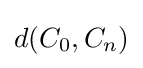
d(C_{0},C_{n})